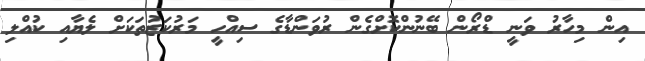
އިން މިހާރު ވަނީ ޑްރޯން ބޭނުންކޮށްގެން ރުވަންޑާގެ ސިއްހީ މަރުކަޒުތަކަށް ލެޔާއި ކުއްލި